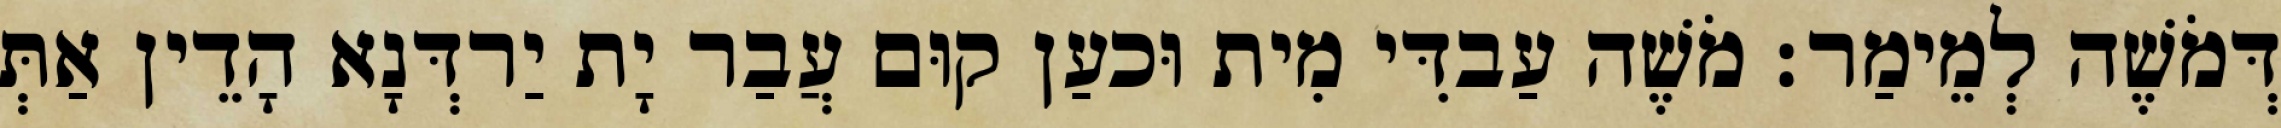
דְּמֹשֶׁה לְמֵימַר׃ מֹשֶׁה עַבדִּי מִית וּכעַן קוּם עֲבַר יָת יַרדְּנָא הָדֵין אַתְּ